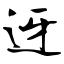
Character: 迓